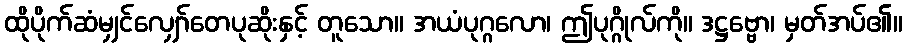
ထိုပိုက်ဆံမျှင်လျှော်တေပုဆိုးနှင့် တူသော။ အယံပုဂ္ဂလော၊ ဤပုဂ္ဂိုလ်ကို။ ဒဋ္ဌဗ္ဗော၊ မှတ်အပ်၏။